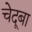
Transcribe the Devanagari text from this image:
चेदूबा